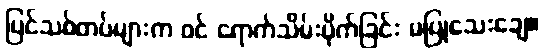
ပြင်သစ်တပ်များက ဝင် ရောက်သိမ်းပိုက်ခြင်း မပြုသေးချေ။